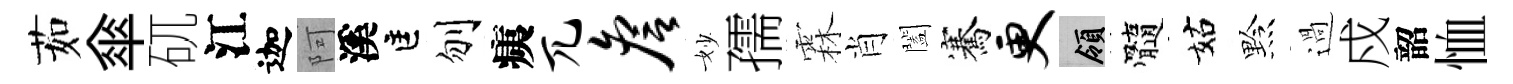
茹傘矹江迦阿溪匡刎痍兀詹妙孺霖肖闔騫更領髓姑黔過戍韶恤